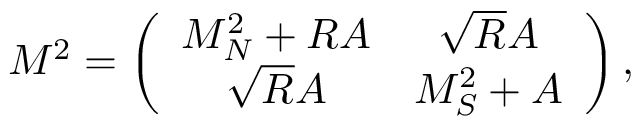
M ^ { 2 } = \left( \begin{array} { c c } { { M _ { N } ^ { 2 } + R A } } & { { \sqrt { R } A } } \\ { { \sqrt { R } A } } & { { M _ { S } ^ { 2 } + A } } \end{array} \right) ,